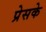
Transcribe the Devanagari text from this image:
प्रेसके